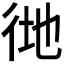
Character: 𢓧